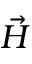
\vec { H }